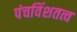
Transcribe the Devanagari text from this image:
पंचविंशतत्व